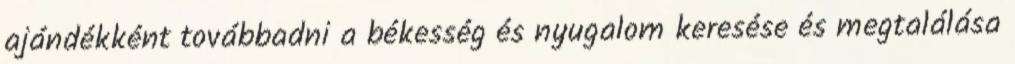
ajándékként továbbadni a békesség és nyugalom keresése és megtalálása